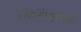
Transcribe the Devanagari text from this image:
रंगचित्रकलेचे